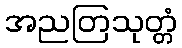
အညတြသုတ္တံ